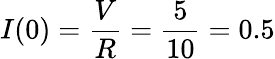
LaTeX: I(0)=\frac{V}{R}=\frac{5}{10}=0.5